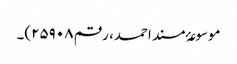
موسوعۂ مسند احمد، رقم ۲۵۹۰۸)۔